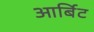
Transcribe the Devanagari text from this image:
आर्बिट